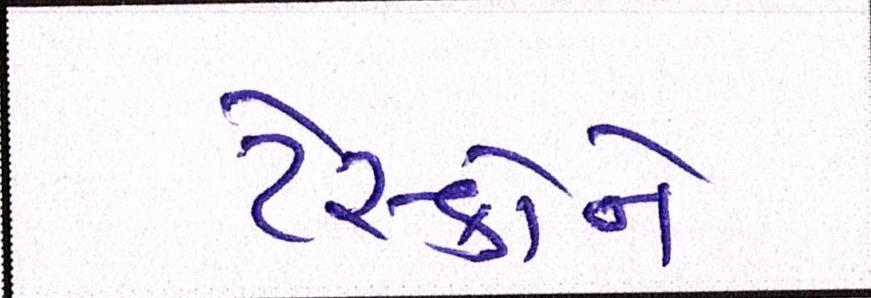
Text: ટેસ્કોને